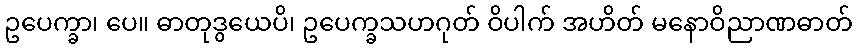
ဥပေက္ခာ၊ ပေ။ ဓာတုဒွယေပိ၊ ဥပေက္ခသဟဂုတ် ဝိပါက် အဟိတ် မနောဝိညာဏဓာတ်